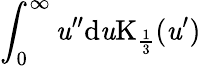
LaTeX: \int_{0}^{\infty}\mathit{u}^{\prime\prime}\mathrm{{d}}\mathit{u}\mathrm{{K}}_{\frac{{1}}{{3}}}(\mathit{u}^{\prime})